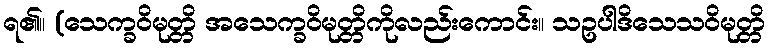
ရ၏။ (သေက္ခဝိမုတ္တိ အသေက္ခဝိမုတ္တိကိုလည်းကောင်း။ သဥပါဒိသေသဝိမုတ္တိ